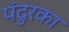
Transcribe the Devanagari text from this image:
पंदुरका